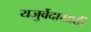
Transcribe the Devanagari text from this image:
यजुर्वेदासाठी